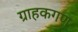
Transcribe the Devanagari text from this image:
ग्राहकगण